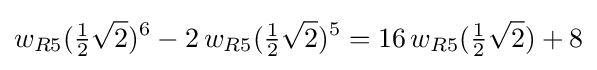
w_{R5}({\tfrac {1}{2}}{\sqrt {2}})^{6}-2\,w_{R5}({\tfrac {1}{2}}{\sqrt {2}})^{5}=16\,w_{R5}({\tfrac {1}{2}}{\sqrt {2}})+8